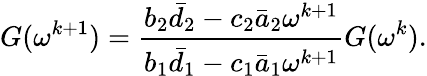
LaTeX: G(\omega^{k+1})=\frac{b_{2}\bar{d}_{2}-c_{2}\bar{a}_{2}\omega^{k+1}}{b_{1}\bar{d}_{1}-c_{1}\bar{a}_{1}\omega^{k+1}}G(\omega^{k}).